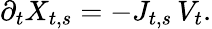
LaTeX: \partial_{t}X_{t,s}=-J_{t,s}\, V_{t}.